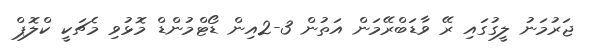
ޖަރުމަނު ލީގުގައި ރޭ ވާޑަބްރޭމަން އަތުން 3-2އިން ޑޯޓްމުންޑް މޮޅުވި މެޗަކީ ކްލޮޕް